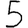
Digit: 5